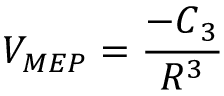
V _ { M E P } = \frac { - C { _ 3 } } { R ^ { 3 } }